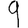
Digit: 9